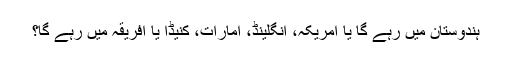
ہندوستان میں رہے گا یا امریکہ، انگلینڈ، امارات، کنیڈا یا افریقہ میں رہے گا؟